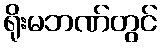
ရိုးမဘဏ်တွင်